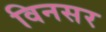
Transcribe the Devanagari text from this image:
विनसर